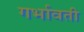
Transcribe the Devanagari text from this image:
गर्भावती